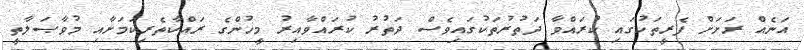
އަނެއް ރަށަށް ފެރީތަކުގައި ކުރައްވާ ދަތުރުތަކުގައިވެސް ދަތުރު ކުރައްވާއިރު މީހުންގެ ރައްކާތެރިކަމަށާއި މުވާޞަލާތީ